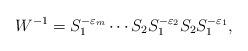
LaTeX: \begin{align*}W^{-1}=S^{-\varepsilon_m}_1 \cdots S_2 S^{-\varepsilon_2}_1S_2 S^{-\varepsilon_1}_1,\end{align*}